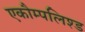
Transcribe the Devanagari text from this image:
एकौम्पलिश्ड